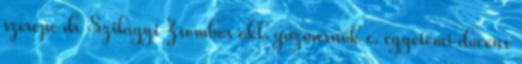
szerepe dr Szilágyi Zsombor okl. gázmérnök c. egyetemi docens